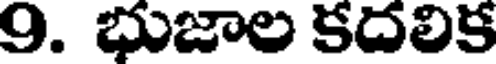
9. భుజాల కదలిక